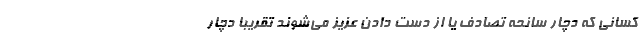
کسانی که دچار سانحه تصادف یا از دست دادن عزیز می‌شوند تقریباً دچار